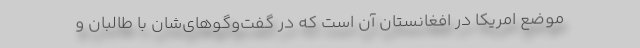
موضع امریکا در افغانستان آن است که در گفت‌وگوهای‌شان با طالبان و